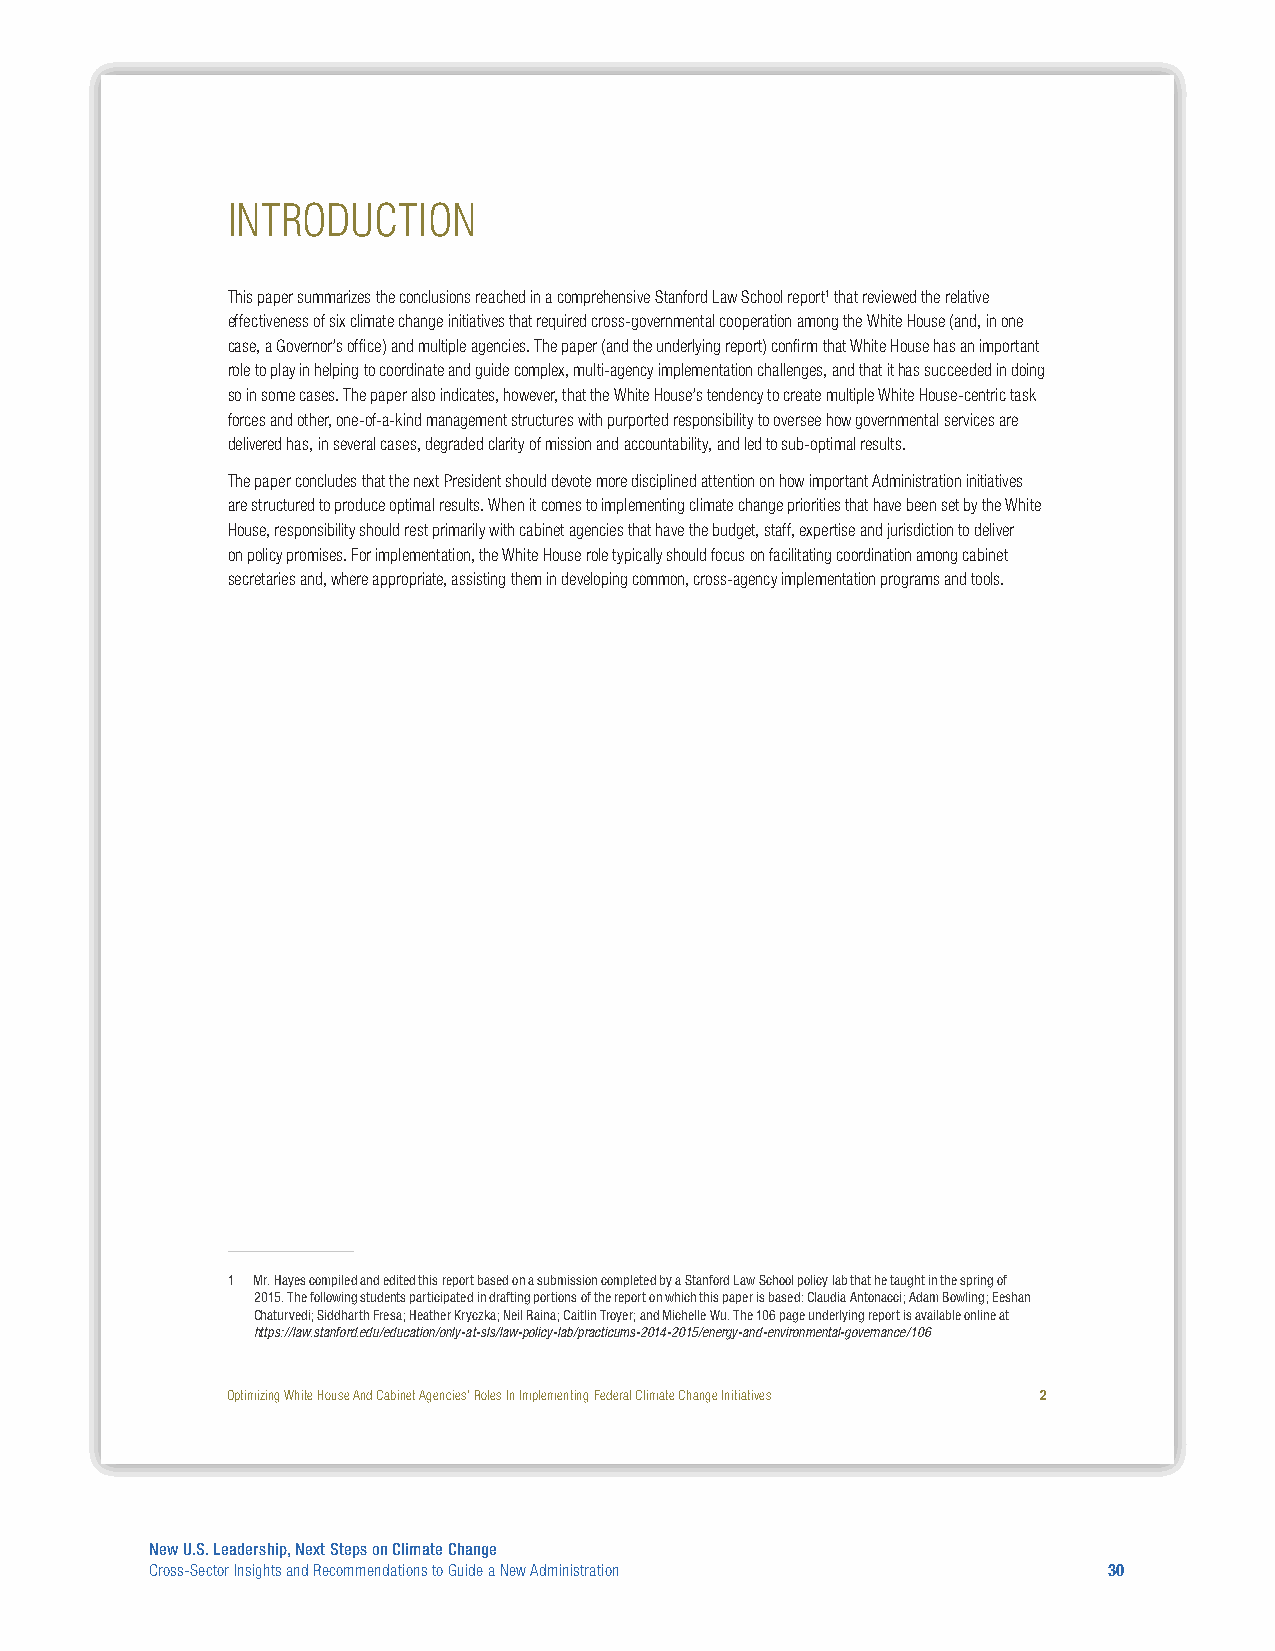
INTRODUCTION
 This paper summarizes the conclusions reached in a comprehensive Stanford Law School report1 that reviewed the relative
 effectiveness of six climate change initiatives that required cross-governmental cooperation among the White House (and, in one
 case, a Governor’s office) and multiple agencies. The paper (and the underlying report) confirm that White House has an important
 role to play in helping to coordinate and guide complex, multi-agency implementation challenges, and that it has succeeded in doing
 so in some cases. The paper also indicates, however, that the White House’s tendency to create multiple White House-centric task
 forces and other, one-of-a-kind management structures with purported responsibility to oversee how governmental services are
 delivered has, in several cases, degraded clarity of mission and accountability, and led to sub-optimal results.
 The paper concludes that the next President should devote more disciplined attention on how important Administration initiatives
 are structured to produce optimal results. When it comes to implementing climate change priorities that have been set by the White
 House, responsibility should rest primarily with cabinet agencies that have the budget, staff, expertise and jurisdiction to deliver
 on policy promises. For implementation, the White House role typically should focus on facilitating coordination among cabinet
 secretaries and, where appropriate, assisting them in developing common, cross-agency implementation programs and tools.
 1 Mr. Hayes compiled and edited this report based on a submission completed by a Stanford Law School policy lab that he taught in the spring of
 2015. The following students participated in drafting portions of the report on which this paper is based: Claudia Antonacci; Adam Bowling; Eeshan
 Chaturvedi; Siddharth Fresa; Heather Kryczka; Neil Raina; Caitlin Troyer; and Michelle Wu. The 106 page underlying report is available online at
 https://law.stanford.edu/education/only-at-sls/law-policy-lab/practicums-2014-2015/energy-and-environmental-governance/106
 Optimizing White House And Cabinet Agencies’ Roles In Implementing Federal Climate Change Initiatives 2
 New U.S. Leadership, Next Steps on Climate Change
 Cross-Sector Insights and Recommendations to Guide a New Administration 30